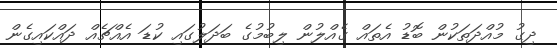
ދިގު މުއްދަތަކުން ބޮޑު އެތައް ގެއްލުން ލިބުމުގެ ބަދަލުގައި ކުޑަ އެއްޗެއް ދައްކައިގެން